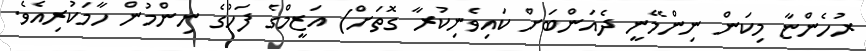
ރުހެންޏާ މިކަން ނިންމޭނީ ދެއަންބަށް ކައިވެނިކުރާ ގޮތަށް) އަޒީމްގެ ފަހުގެ ނިންމުން ހާމަކުރިއެވެ.